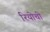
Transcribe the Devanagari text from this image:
रियोची